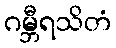
ဂမ္ဘီရသိတံ